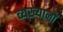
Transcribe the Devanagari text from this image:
व्यख्यानों